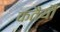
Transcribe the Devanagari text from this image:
कतैयौं